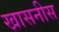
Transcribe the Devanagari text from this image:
खासनीस